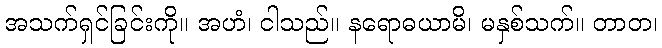
အသက်ရှင်ခြင်းကို။ အဟံ၊ ငါသည်။ နရောဓယာမိ၊ မနှစ်သက်။ တာတ၊